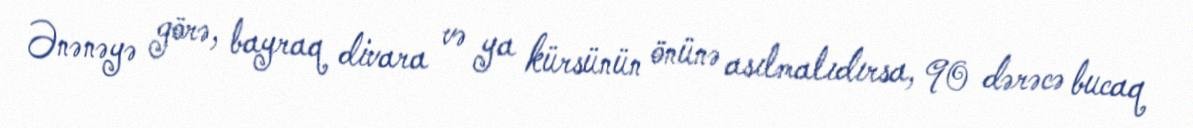
Ənənəyə görə, bayraq divara və ya kürsünün önünə asılmalıdırsa, 90 dərəcə bucaq